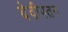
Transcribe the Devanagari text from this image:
देवीपतन